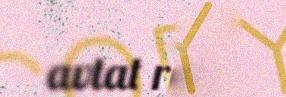
avtat rájes